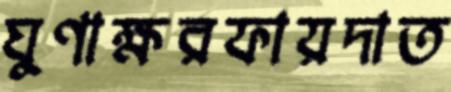
ঘুণাক্ষরফায়দাত